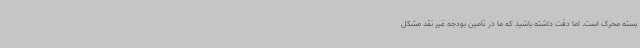
بسته محرک است. اما دقت داشته باشید که ما در تامین بودجه غیر نقد مشکل